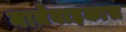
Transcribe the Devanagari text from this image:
नातेवाइकास